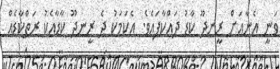
ވަނީ އެނާއަށް ރީނދޫ ކާޑު ދައްކާފައެވެ. އެކަމަކު ދެ ރީނދޫ ކާޑާއެކަު ރަތްކާޑެއް